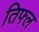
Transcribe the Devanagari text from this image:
तिफ्ल